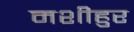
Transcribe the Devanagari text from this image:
मशीहुर